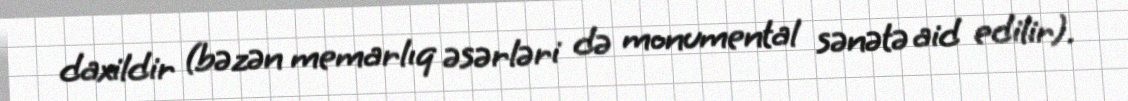
daxildir (bəzən memarlıq əsərləri də monumental sənətə aid edilir).